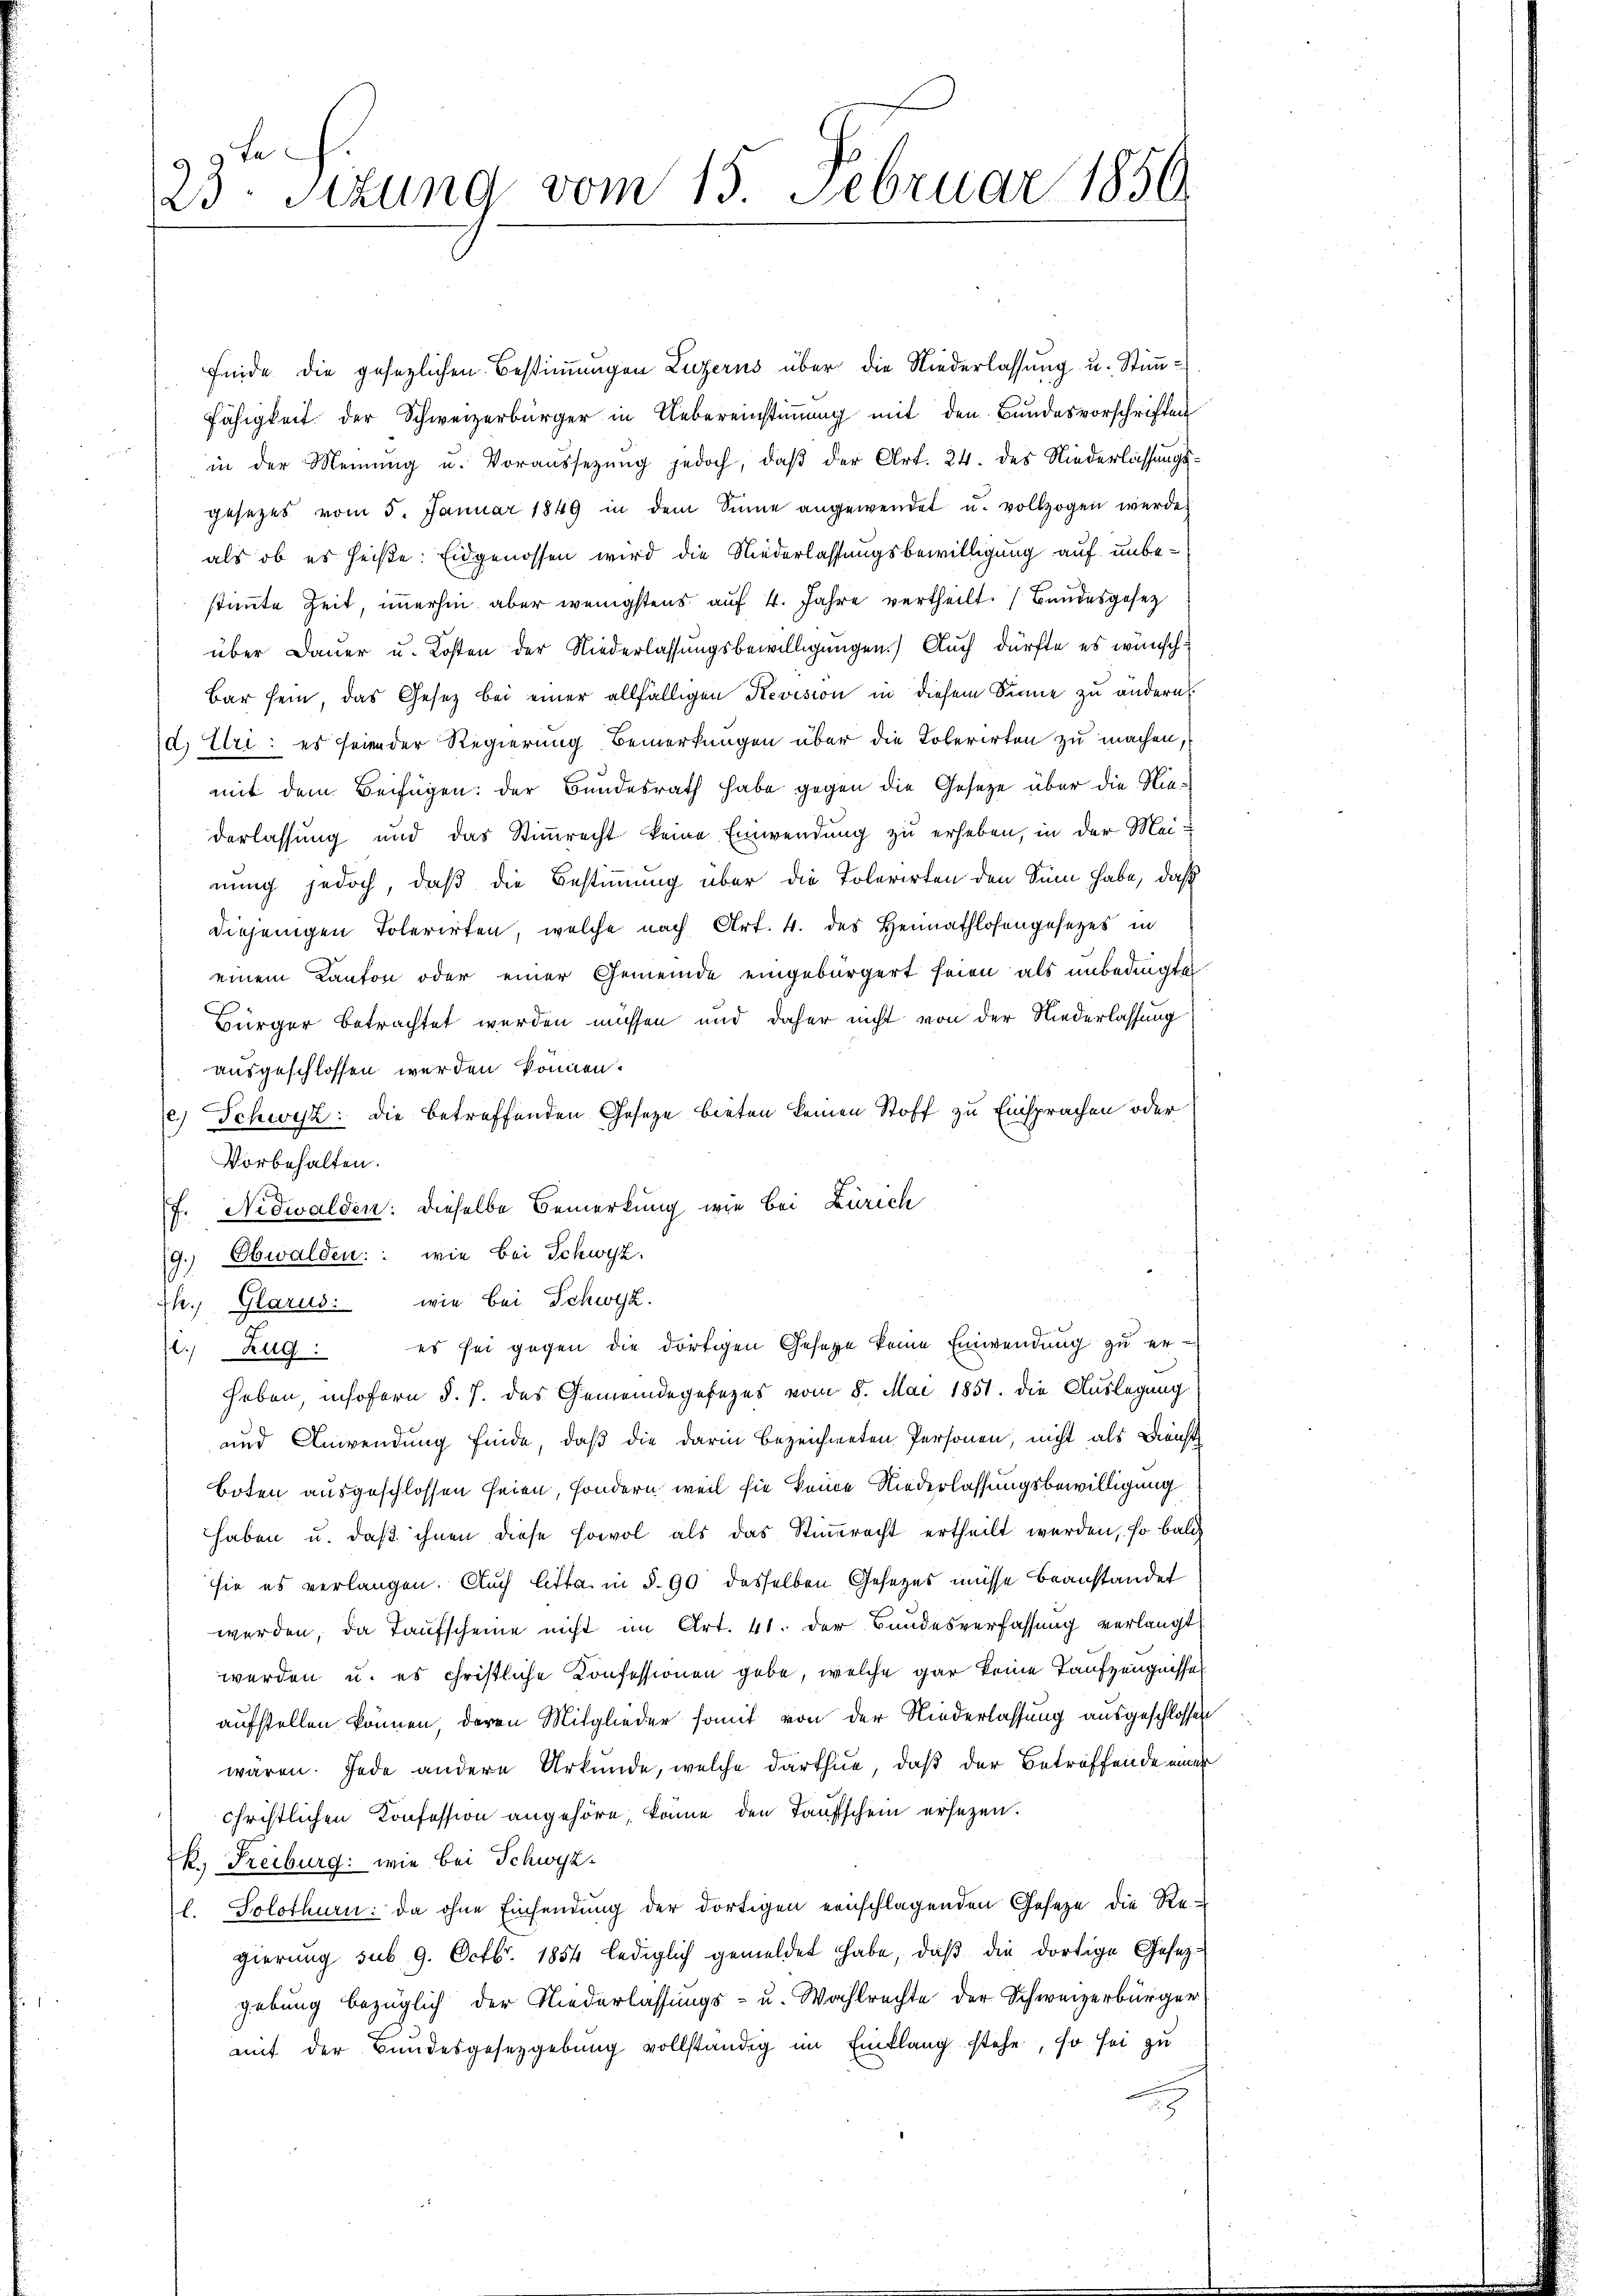
23. Sitzung vom 15. Februar 1850.

finde die gesezlichen Bestimmungen Luzerns über die Niederlassung u. Stimmfähigkeit der Schweizerbürger in Uebereinstimmung mit den Bundesvorschriften
in der Meinung u. Voraussetzung jedoch, daβ der Art. 24. des Niederlassungsgesetzes vom 5. Januar 1849 in dem Sinne angewendet u. vollzogen werde.
als ob es heiße: Eidgenossen wird die Niederlassungsbewilligung auf unbestimmte Zeit, immerhin aber wenigstens auf 4. Jahre vertheilt. Bandesgesez
über Dauer u. Kosten der Niederlassungsbewilligungen) Auch dürfte es wünsch
Bar sein, das Gesetz bei einer allfälligen Revision in diesem Sinne zu ändern
d. Uri: es seien der Regierung Bemerkungen über die Koberirten zu machen,
mit dem Beifügen: der Bundesrath habe gegen die Gesetze über die Niederlassung und das Stimmrecht keine Einwendung zu erheben, in der Meinung jedoch, daß die Bestimmung über die Tolerirten den Sinn habe, daß
diejenigen Tolerirten, welche nach Art. 4. des Heimathlosengesetzes in
einem Kanton oder einer Gemeinde eingebürgert seien als unbedingte
Bürger betrachtet werden müssen und daher nicht von der Niederlassung
ausgeschlossen werden können.
e) Schwyz: die betreffenden Gesetze bieten keinen Stoff zu Einsprachen oder
Vorbehalten.
f. Nidwalden: dieselbe Bemerkung wie bei Zürich
9.) Obwalden: wie bei Schwyz.
Jh., Glarus: wie bei Schwyz.
l. Zug: es sei gegen die dortigen Gesage keine Einwendung zu erheben, insofern d. J. das Gemeindegesezes vom 8. Mai 1851. Die Auslegung
und Anwendung finde, daß die darin bezeichneten Personen, nicht als Dienst
Boten ausgeschlossen seien, sondern, weil sie keine Niederlassungsbewilligung
haben u. daß ihnen diese sowol als das Stimmrecht ertheilt werden, so bald
sie es verlangen. Auch litta. in § 90 desselben Gesetzes müsse beanstandet
werden, da Taufscheine nicht im Art. 41. der Bundesverfassung verlangt
werden u. es christliche Konfessionen gebe, welche gar keine Taufzeugnissel
aufstellen können, deren Mitglieder somit von der Niederlassung ausgeschlossen
waren. Jede andere Urkunde, welche darthue, daß der Betreffende einer
chriftlichen Konfession angehöre, könne den Taufschein ersezen.
k. Freiburg: wie bei Schwyz
l. Solothurn: da ohne Einsendung der dortigen einschlagenden Gesetze die Re-
gierung sub. 9. Octbr. 1854 lediglich gemeldet habe, daβ die dortige Gesezgebung bezüglich der Niederlassŭngs- u. Wahlrechte der Schweizerbürger
mit der Bundesgesetzgebung vollständig im Einklang stehe, so sei zu
2